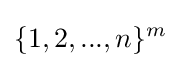
\{1,2,...,n\}^{m}